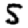
Digit: 5